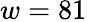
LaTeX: w=81